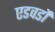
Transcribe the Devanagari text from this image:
एडवर्डो